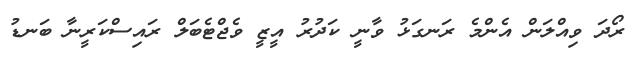
ރޯދަ ވިއްލަން އެންމެ ރަނގަޅު ވާނީ ކަދުރު އީޒީ ވެޖްޓެބަލް ރައިސްކަރީނާ ބަނޑު